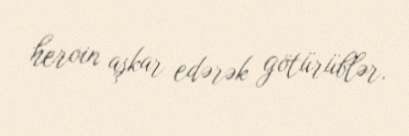
heroin aşkar edərək götürüblər.